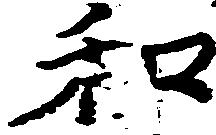
和